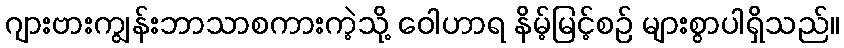
ဂျားဗားကျွန်းဘာသာစကားကဲ့သို့ ဝေါဟာရ နိမ့်မြင့်စဉ် များစွာပါရှိသည်။